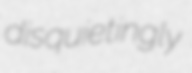
disquietingly